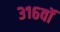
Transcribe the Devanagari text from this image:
३१६वॉ